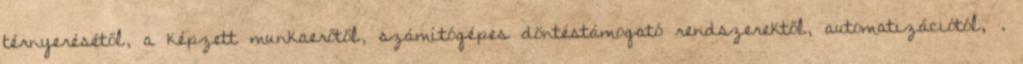
térnyerésétől, a képzett munkaerőtől, számítógépes döntéstámogató rendszerektől, automatizációtól, .